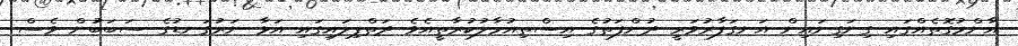
އާންމުގޮތެއްގައި ގިނަގިނައިން އަނގަފާރުވަރީ ދުންފަތުގެ އިސްތިއުމާލުކުރާތީއެވެ ދަތްޕިލައިގައި އަޅާ ނަރުގަނޑުގެ ސަބަބުުން ވެސް